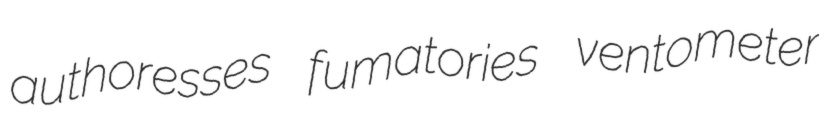
authoresses fumatories ventometer